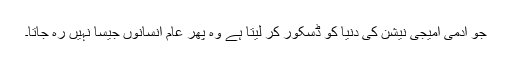
جو آدمی امیجی نیشن کی دنیا کو ڈسکور کر لیتا ہے وہ پھر عام انسانوں جیسا نہیں رہ جاتا۔